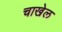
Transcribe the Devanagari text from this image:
चाखेल